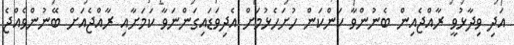
އަދި ވިދާޅުވީ ރާއްޖެއިން ބެނުންވާ ކަންކަން ހުށަހެޅުމަށް އެދިވަޑައިގަންނަވާ ކަމަށާއި ރާއްޖެއަށް ބޭނުންވެއްޖެ